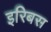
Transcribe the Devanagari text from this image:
इरिबस